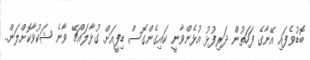
ބޮޑުވެފައި އޭނާގެ ފަހަތުން ދަރިފުޅު އުޅެންވާނީ ކައިގެންގޮސް ޑިފީއަށް ގުޅާލައްޗޭ ވާނެ ޝަކުވާކޮށްލަން..